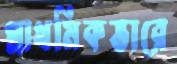
প্রাথমিকভারে